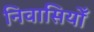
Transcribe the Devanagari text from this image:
निवासियोँ